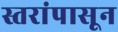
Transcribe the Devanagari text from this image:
स्तरांपासून